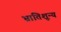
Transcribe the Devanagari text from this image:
भ्रांतिशून्य